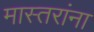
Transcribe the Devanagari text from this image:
मास्तरांना